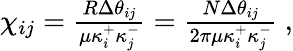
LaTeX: \begin{array}{r}{\chi_{ij}=\frac{R\Delta\theta_{ij}}{\mu\kappa_{i}^{+}\kappa_{j}^{-}}=\frac{N\Delta\theta_{ij}}{2\pi\mu\kappa_{i}^{+}\kappa_{j}^{-}}\ ,}\end{array}